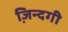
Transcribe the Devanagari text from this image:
जि़न्दगी